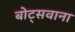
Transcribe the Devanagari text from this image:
बोट्सवाना